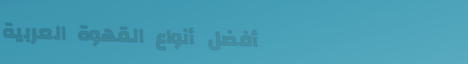
أفضل أنواع القهوة العربية